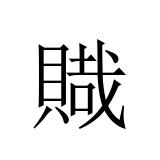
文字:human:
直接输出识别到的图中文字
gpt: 賳